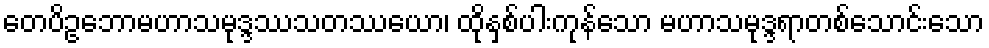
တေပိဥဘောမဟာသမုဒ္ဒဿသတဿယော၊ ထိုနှစ်ပါးကုန်သော မဟာသမုဒ္ဒရာတစ်သောင်းသော